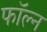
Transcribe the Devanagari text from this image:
फॉल्न